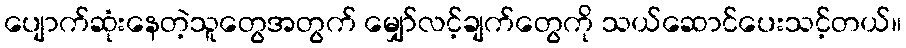
ပျောက်ဆုံးနေတဲ့သူတွေအတွက် မျှော်လင့်ချက်တွေကို သယ်ဆောင်ပေးသင့်တယ်။